Civil Veterinary Dept. Assam report 1927-50 - 1927-1950
Year: 1927
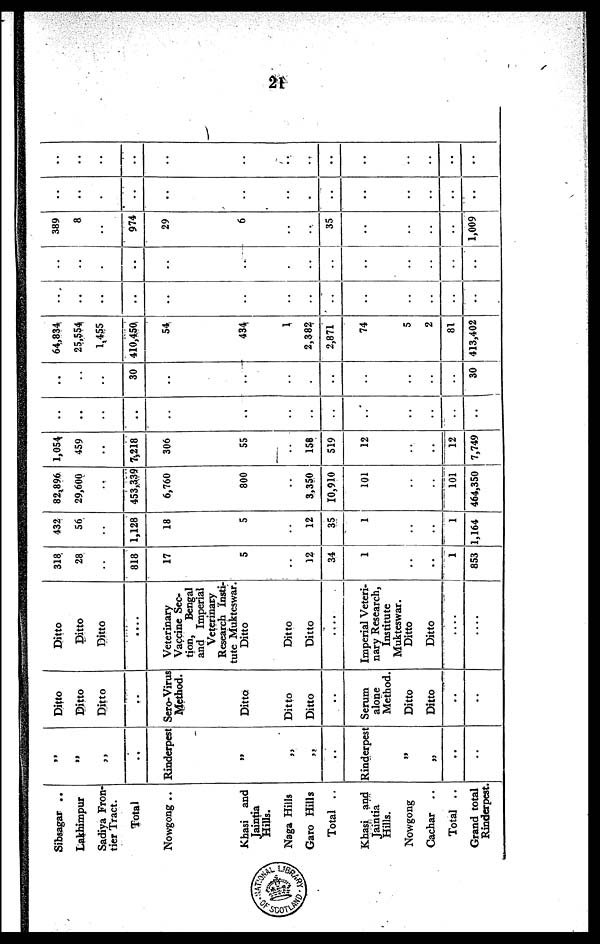
21
Sibsagar ..
Lakhimpur
Sadiya Fron-
tier Tract.
Total
Nowgong ..
Khasi and
Jaintia
Hills.
Naga Hills
Garo Hills
Total ..
Khasi and
Jaintia
Hills.
Nowgong
Cachar
..
Total ..
Grand total
Rinderpest.
..
..
„
..
Rinderpest
„
55
„
..
Rinderpest
„
„
..
..
Ditto
Ditto
Ditto
..
Sero-Virus
Method.
Ditto
Ditto
Ditto
..
Serum
alone
Method.
Ditto
Ditto
..
..
Ditto
Ditto
Ditto
....
Veterinary
Vaccine Sec-
tion,
Bengal
and Imperial
Veterinary
Research Insti-
tute Mukteswar.
Ditto
Ditto
Ditto
....
Imperial Veteri-
nary Research,
Institute
Mukteswar.
Ditto
Ditto
....
....
318
28
..
818
17
5
..
12
34
1
..
..
1
853
432
56
..
1,128
18
5
..
12
35
1
..
..
1
1,164
82,896
29,600
..
453,339
6,760
800
..
3,350
10,910
101
..
..
101
464,350
1,054
459
..
7,218
306
55
..
158
519
12
..
..
12
7,749
..
..
..
..
..
..
..
..
..
..
..
..
..
..
..
..
..
30
..
..
..
..
..
..
..
..
..
30
64,834
25,554
1,455
410,450
54
434
1
2,382
2,871
74
5
2
81
413,402
..
..
..
..
..
..
..
..
..
..
..
..
..
..
..
..
..
..
..
..
..
..
..
..
..
..
..
..
389
8
..
974
29
6
..
..
35
..
..
..
..
1,009
..
..
..
..
..
..
..
.
..
..
..
..
..
..
..
..
..
..
..
..
..
..
..
..
..
..
..
..